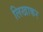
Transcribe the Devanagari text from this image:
लिखाकर